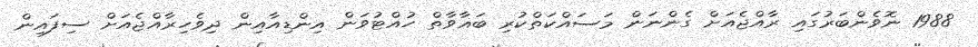
1988 ނޮވެންބަރުގައި ރާއްޖެއަށް ގެންނަން މަސައްކަތްކުރި ބަޣާވާތް ހުއްޓުވަން އިންޑިއާއިން ދިވެހިރާއްޖެއަށް ސިފައިން